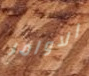
الاوامر